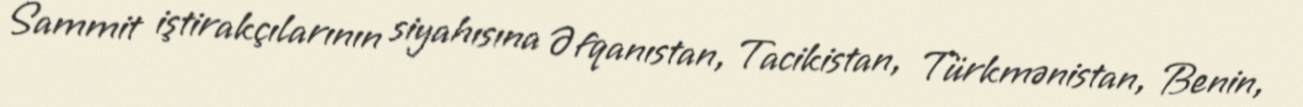
Sammit iştirakçılarının siyahısına Əfqanıstan, Tacikistan, Türkmənistan, Benin,